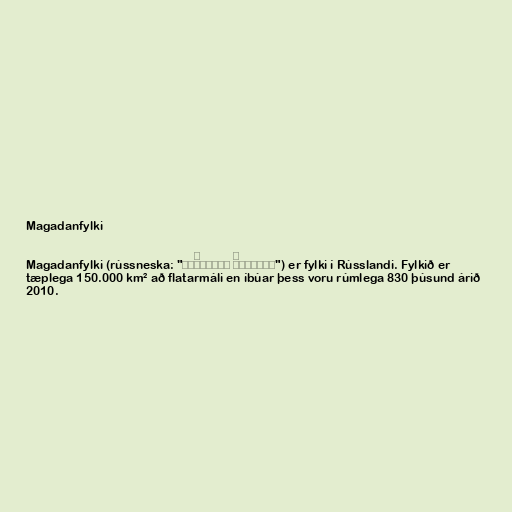
Magadanfylki

Magadanfylki (rússneska: "Аму́рская о́бласть") er fylki í Rússlandi. Fylkið er
tæplega 150.000 km² að flatarmáli en íbúar þess voru rúmlega 830 þúsund árið
2010.